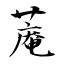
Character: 蓭